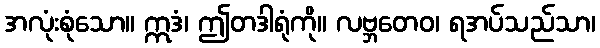
အလုံးစုံသော။ ဣဒံ၊ ဤတဒါရုံကို။ လဗ္ဘတေဝ၊ ရအပ်သည်သာ၊